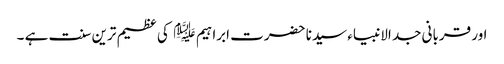
اور قربانی جد الانبیاء سیدنا حضرت ابراہیم ﷤ کی عظیم ترین سنت ہے ۔